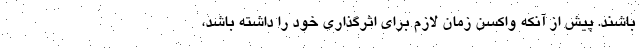
باشند. پیش از آنکه واکسن زمان لازم برای اثرگذاری خود را داشته باشد،